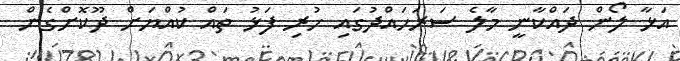
އަޅާ ލޯން ދައްކާނީ މާލެ ސަރަހައްްދުގައި ހުރި ފަޅު ތައް ކުއްޔަށް ދޫކޮށްގެން